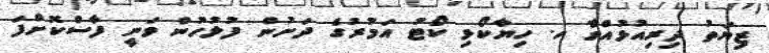
ޒިޔަތު ދިރިއުޅުއްވާ ހ. ހިޔާކޯޅި ކޯޓު އަމުރުގެ ދަށުން ފުލުހުން ވަނީ ފާސްކޮށްފަ